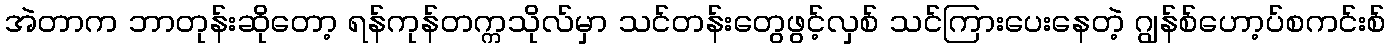
အဲတာက ဘာတုန်းဆိုတော့ ရန်ကုန်တက္ကသိုလ်မှာ သင်တန်းတွေဖွင့်လှစ် သင်ကြားပေးနေတဲ့ ဂျွန်စ်ဟော့ပ်စကင်းစ်